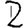
Digit: 2